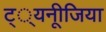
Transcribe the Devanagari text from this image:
ट््यनूीजिया